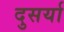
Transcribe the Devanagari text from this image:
दुसर्या